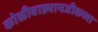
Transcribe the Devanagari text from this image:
कोळीवाड्यानजीकच्या